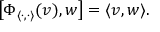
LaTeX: \left[ \Phi _ { \langle \cdot , \cdot \rangle } ( v ) , w \right] = \langle v , w \rangle .